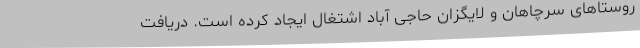
روستاهای سرچاهان و لایگزان حاجی آباد اشتغال ایجاد کرده است. دریافت